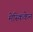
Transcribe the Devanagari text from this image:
मेस्किकेन